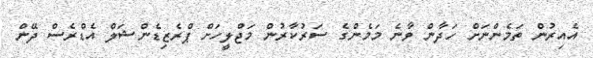
އެއިރުން ތަމެންނަށް ހަދާން ވާނެ މަމެންގެ ސަރުކާރުން މަޖްލީހަށް ޕްރެޒިޑެންޝަލް އެޑްރެސް ދޭން